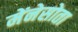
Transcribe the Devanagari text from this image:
मेंनेसोता